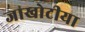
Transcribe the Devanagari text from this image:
जाखोटीया